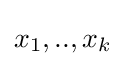
x_{1},..,x_{k}